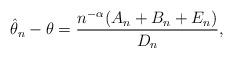
LaTeX: \begin{align*}\hat\theta_n-\theta =\frac{n^{-\alpha}(A_n+B_n+E_n)}{D_n}, \end{align*}